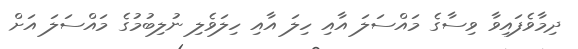
ދިމާވެފައިވާ ވިސާގެ މައްސަލަ އާއި ހިލަ އާއި ހިލަވެލި ނުލިބުމުގެ މައްސަލަ އަށް